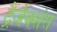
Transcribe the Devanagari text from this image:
ट्रैंज़ैंक्शंस